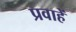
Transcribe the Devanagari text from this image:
प्रवाहें